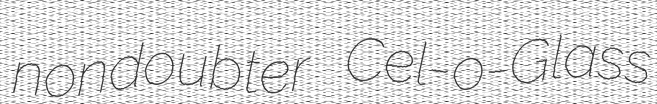
nondoubter Cel-o-Glass